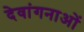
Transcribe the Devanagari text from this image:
देवांगनाओं